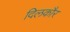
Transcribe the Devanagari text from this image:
दिलकौर